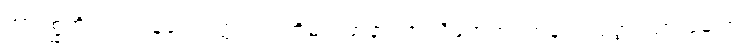
အာဂစ္ဆတိ၊ လာပြန်ပေလတ္တံ့။ ဣတိမညမာနာ၊ ဤသို့မှတ်ထင်ကုန်၍။ ပုတ္တ၊ သားမောင်။